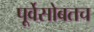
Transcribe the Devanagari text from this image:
पूर्वेसोबतच